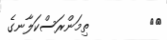
٢٩         ތިމަންރަސްކަލާނގެ